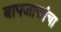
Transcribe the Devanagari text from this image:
बापजाद्यांचा